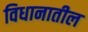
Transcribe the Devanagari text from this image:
विधानातील